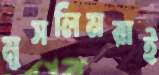
মুসলিমরাই